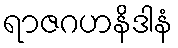
ရာဇဂဟနိဒါနံ